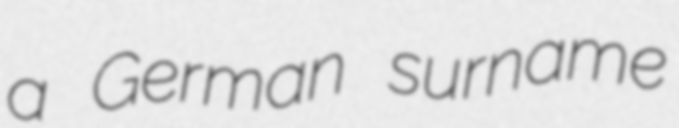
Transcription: a German surname